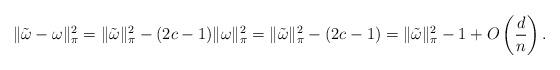
LaTeX: \begin{align*} \|\tilde\omega - \omega\|_\pi^2 = \|\tilde\omega\|_\pi^2 - (2c-1)\|\omega\|_\pi^2 = \|\tilde\omega\|_\pi^2 - (2c-1) = \|\tilde\omega\|_\pi^2 - 1 + O\left(\frac{d}{n}\right).\end{align*}